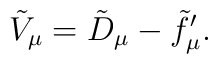
\tilde{V}_{\mu} = \tilde{D}_{\mu} - \tilde{f}_{\mu}'.